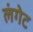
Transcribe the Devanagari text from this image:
लंगेट